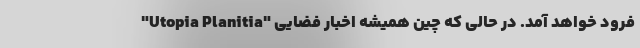
"Utopia Planitia" فرود خواهد آمد. در حالی که چین همیشه اخبار فضایی